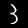
Digit: 3